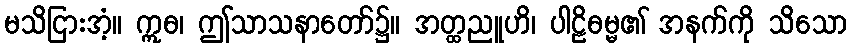
မသိငြားအံ့။ ဣဓ၊ ဤသာသနာတော်၌။ အတ္ထညူဟိ၊ ပါဠိဓမ္မ၏ အနက်ကို သိသော